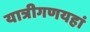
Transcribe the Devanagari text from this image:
यात्रीगणयहां